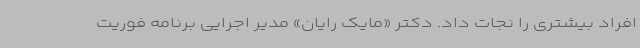
افراد بیشتری را نجات داد. دکتر «مایک رایان» مدیر اجرایی برنامه فوریت